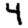
Digit: 4